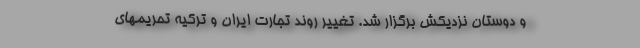
و دوستان نزدیکش برگزار شد. تغییر روند تجارت ایران و ترکیه تحریمهای